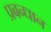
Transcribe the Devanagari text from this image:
प्रबन्धान